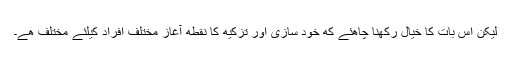
لیکن اس بات کا خیال رکھنا چاھئے کھ خود سازی اور تزکیھ کا نقطھ آغاز مختلف افراد کیلئے مختلف ھے۔